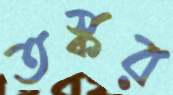
তস্কর